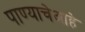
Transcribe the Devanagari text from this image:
पाण्याचेआहे